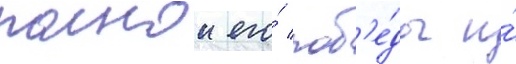
полнои его́ поб'е́ды и́